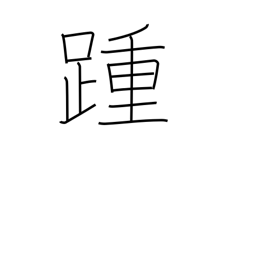
Meaning: heel